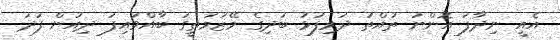
އެއީ ނިދާފަ އޮންނަ ތުއްތު ދަރިފުޅު ބަދިގެ މޭޒުމަތީގަ ބާއްވައިފަ ދިއުން ފަދަ